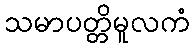
သမာပတ္တိမူလကံ